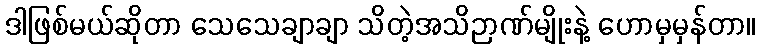
ဒါဖြစ်မယ်ဆိုတာ သေသေချာချာ သိတဲ့အသိဉာဏ်မျိုးနဲ့ ဟောမှမှန်တာ။